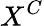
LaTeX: X^{C}